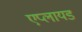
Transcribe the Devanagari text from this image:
एप्लायड